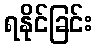
ရနိုင်ခြင်း